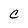
Character: C